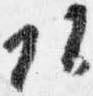
頭